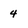
Character: 4